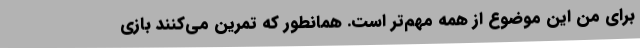
برای من این موضوع از همه مهم‌تر است. همانطور که تمرین می‌کنند بازی